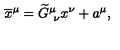
\overline { { x } } ^ { \mu } = \widetilde { G } _ { \ \nu } ^ { \mu } x ^ { \nu } + a ^ { \mu } ,